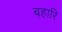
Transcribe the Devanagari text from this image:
बहारि